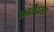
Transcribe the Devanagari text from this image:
कातेदरल